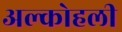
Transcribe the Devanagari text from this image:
अल्कोहली